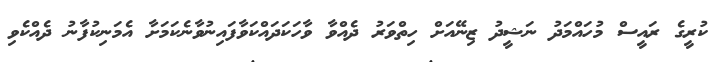
ކުރީގެ ރައީސް މުހައްމަދު ނަޝީދު ޒިނޭއަށް ހިތްވަރު ދެއްވާ ވާހަކަދައްކަވާފައިނުވާނެކަމަށާ އެމަނިކުފާނު ދެއްކެވި